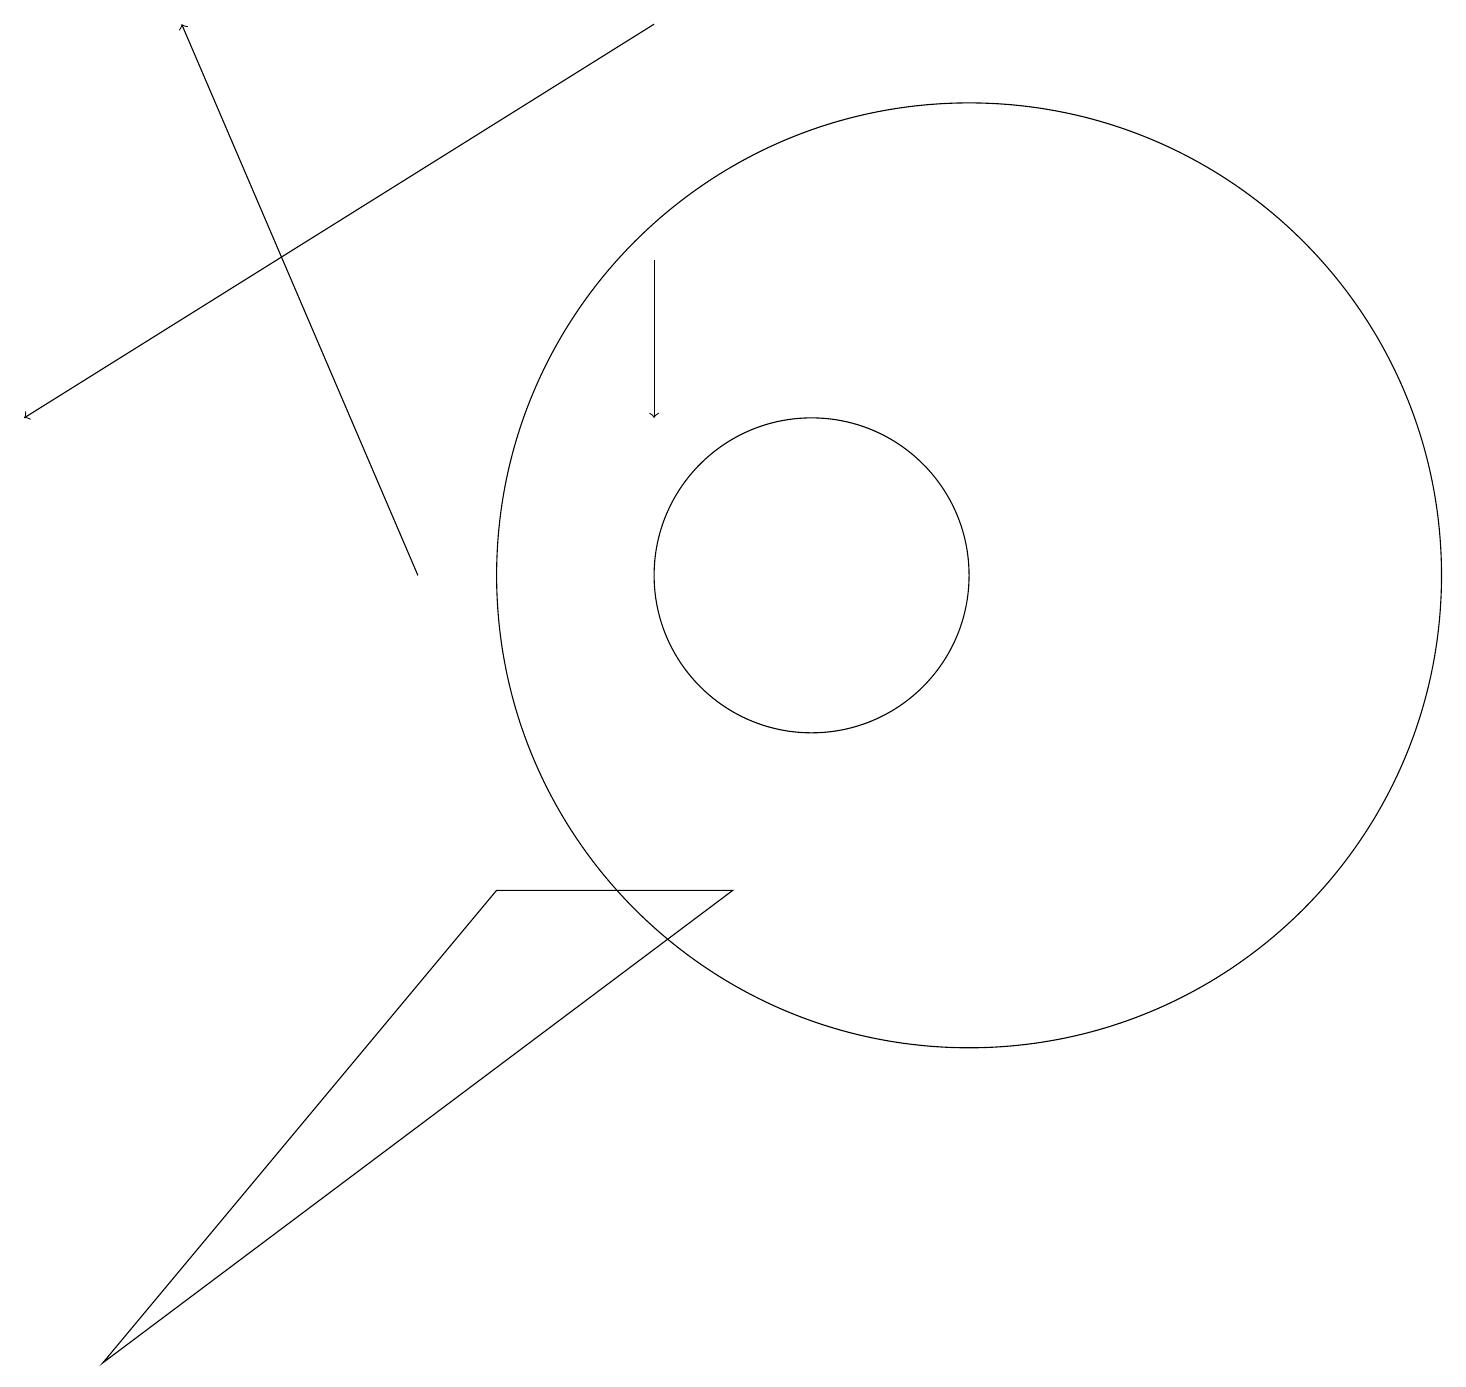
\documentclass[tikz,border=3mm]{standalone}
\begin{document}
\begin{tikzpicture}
\draw (12,12) circle (6);
\draw (10,12) circle (2);
\draw[->] (5,12) -- (2,19);
\draw[->] (8,16) -- (8,14);
\draw (9,8) -- (6,8) -- (1,2) -- cycle;
\draw[->] (8,19) -- (0,14);
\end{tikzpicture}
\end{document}